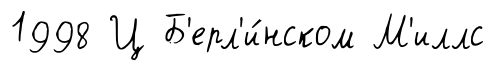
1998 Ц Б'ерл'и́нском М'иллс